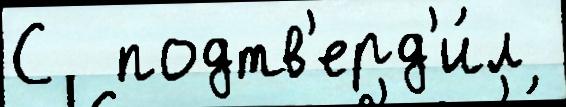
С  подтв'ерд'и́л